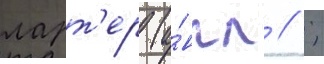
ларт'ер (а́нгл // ;